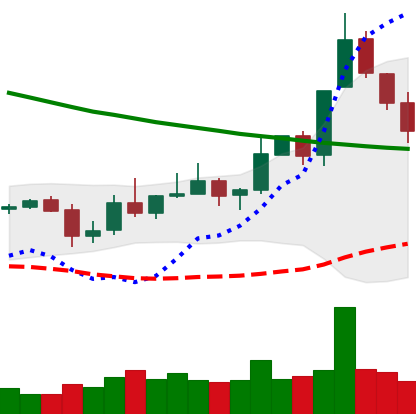
Ticker: XLM-USD
Chart end date: 2019-11-08
Forward return: 6.521%
Label: up_5_7